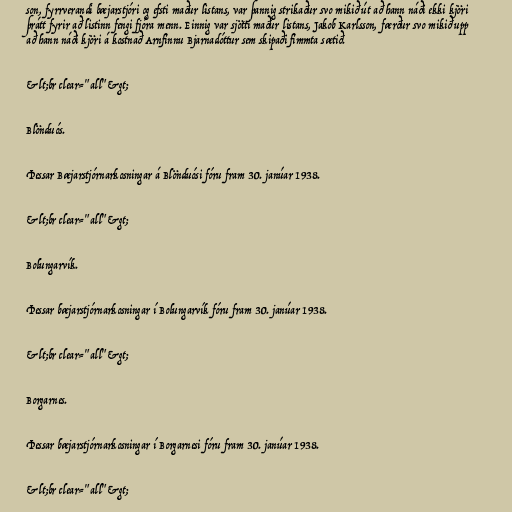
son, fyrrverandi bæjarstjóri og efsti maður listans, var þannig strikaður svo mikið út að hann náði ekki kjöri
þrátt fyrir að listinn fengi fjóra menn. Einnig var sjötti maður listans, Jakob Karlsson, færður svo mikið upp
að hann náði kjöri á kostnað Arnfinnu Bjarnadóttur sem skipaði fimmta sætið.

&lt;br clear="all"&gt;

Blönduós.

Þessar Bæjarstjórnarkosningar á Blönduósi fóru fram 30. janúar 1938.

&lt;br clear="all"&gt;

Bolungarvík.

Þessar bæjarstjórnarkosningar í Bolungarvík fóru fram 30. janúar 1938.

&lt;br clear="all"&gt;

Borgarnes.

Þessar bæjarstjórnarkosningar í Borgarnesi fóru fram 30. janúar 1938.

&lt;br clear="all"&gt;